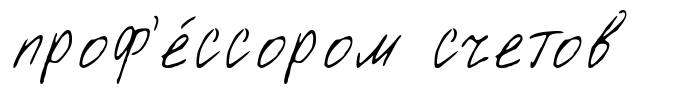
проф'е́ссором счетов